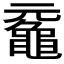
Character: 𪓣